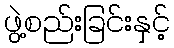
ဖွဲ့စည်းခြင်းနှင့်